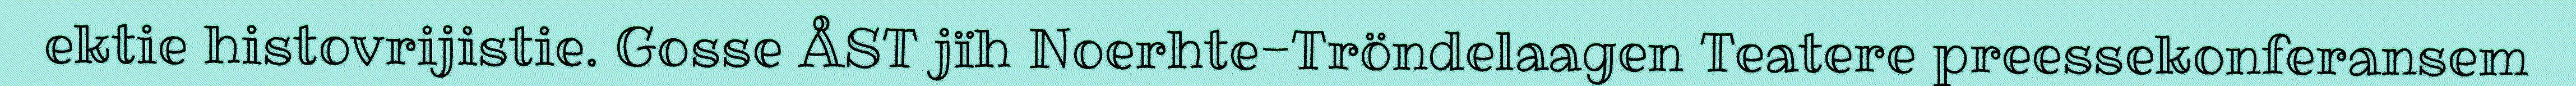
ektie histovrijistie. Gosse ÅST jïh Noerhte-Tröndelaagen Teatere preessekonferansem